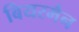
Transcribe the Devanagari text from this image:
बियरमैन